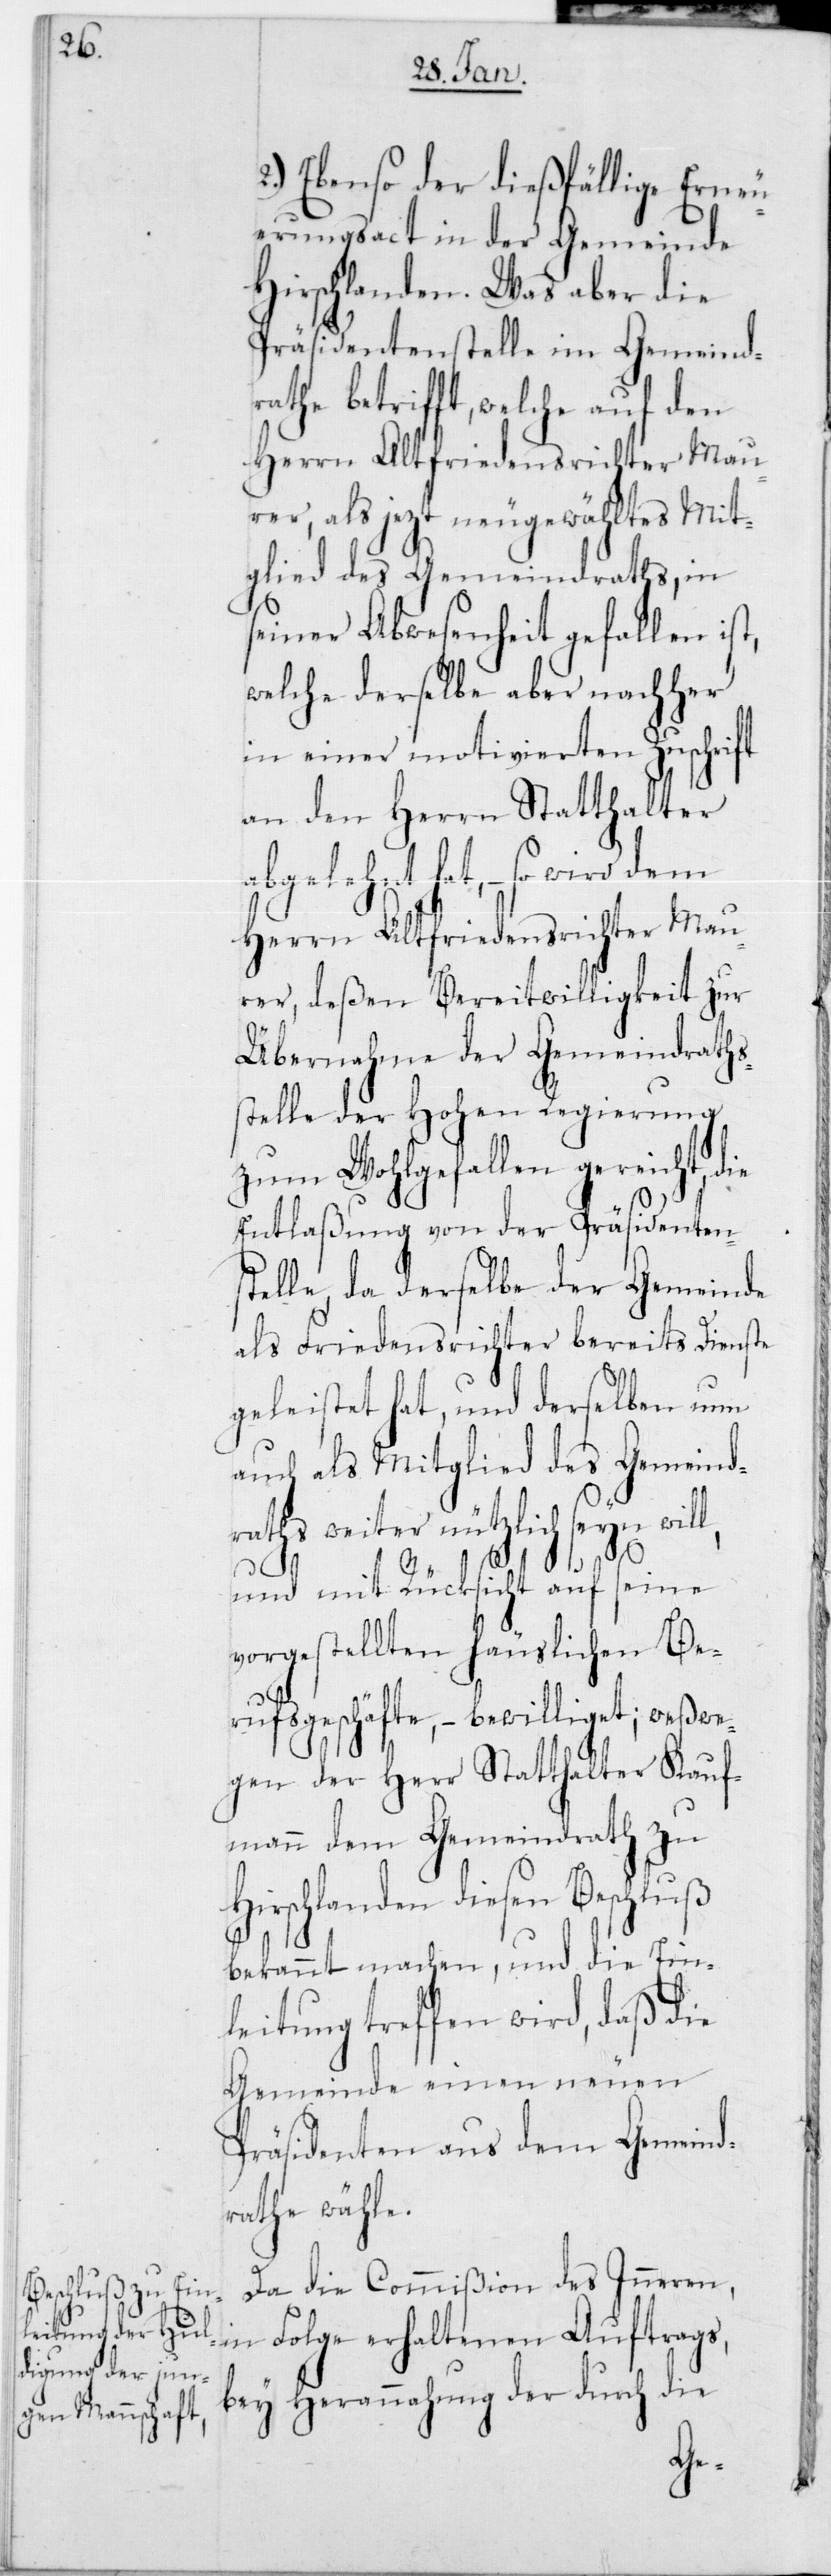
2.) Ebenso der dießfällige Erneu¬
erungsact in der Gemeinde
Hirschlanden. Was aber die
Präsidentenstelle im Gemeindr¬
athe betrifft, welche auf den
Herrn Altfriedensrichter Mau¬
rer, als jetzt neugewähltes Mit¬
glied des Gemeindraths, in
seiner Abwesenheit gefallen ist,
welche derselbe aber nachher
in einer motivierten Zuschrift
an den Herrn Statthalter
abgelehnt hat, – so wird dem
Herrn Altfriedensrichter Mau¬
rer, deßen Bereitwilligkeit zur
Übernahme der Gemeindraths¬
stelle der hohen Regierung
zum Wohlgefallen gereicht, die
Entlaßung von der Präsidenten¬
stelle, da derselbe der Gemeinde
als Friedensrichter bereits Dienste
geleistet hat, und derselbe nun
auch als Mitglied des Gemeind¬
ths weiter nützlich seyn
und mit Rücksicht auf seine
vorgestellten häuslichen Be¬
rufsgeschäfte, – bewilliget; weßwe¬
gen der Herr Statthalter Kauf¬
mann dem Gemeindrath zu
Hirschlanden diesen Beschluß
bekannt machen, und die Ein¬
leitung treffen wird, daß die
Gemeinde einen neuen
Präsidenten aus dem Gemeind¬
rathe wähle.
Da die Commißion des Innern,
in Folge erhaltenen Auftrags,
bey Herannahung der durch die
ra¬